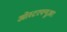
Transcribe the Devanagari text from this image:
ओस्टरफ्यूअर